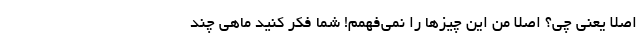
اصلا یعنی چی؟ اصلا من این چیزها را نمی‌فهمم! شما فکر کنید ماهی چند